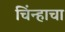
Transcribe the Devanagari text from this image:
चिंन्हाचा